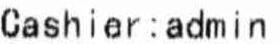
CASHIER: ADMIN